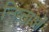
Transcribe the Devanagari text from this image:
निष्ठाओं